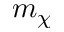
m _ { \chi }